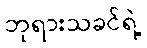
ဘုရားသခင်ရဲ့